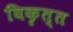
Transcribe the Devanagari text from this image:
विकृत्त